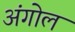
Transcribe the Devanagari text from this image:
अंगोल